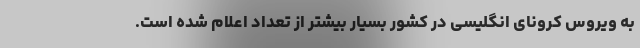
به ویروس کرونای انگلیسی در کشور بسیار بیشتر از تعداد اعلام شده است.